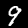
Label: 9